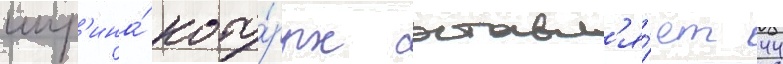
шир'ина́ кото́рых составл'я́ет 44